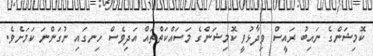
ކޮމިޝަންގެ ނައިބު ރައީސް ވިދާޅުވީ ކޮމިޝަންގެ މަސައްކަތްތައް އަދިވެސް ހިނގައި ނުގަންނަ ކަމަށެވެ.